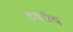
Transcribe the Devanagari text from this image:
टयसेच